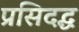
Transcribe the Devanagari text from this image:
प्रसिदद्ध